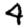
Digit: 4